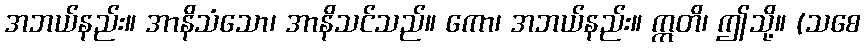
အဘယ်နည်း။ အာနိသံသော၊ အာနိသင်သည်။ ကော၊ အဘယ်နည်း။ ဣတိ၊ ဤသို့။ (သစေ